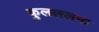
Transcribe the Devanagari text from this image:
कुलललना